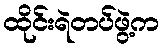
ထိုင်းရဲတပ်ဖွဲ့က